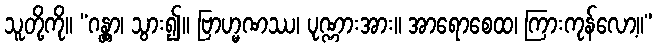
သူတို့ကို။ “ဂန္တွာ၊ သွား၍။ ဗြာဟ္မဏဿ၊ ပုဏ္ဏားအား။ အာရောစေထ၊ ကြားကုန်လော့။”